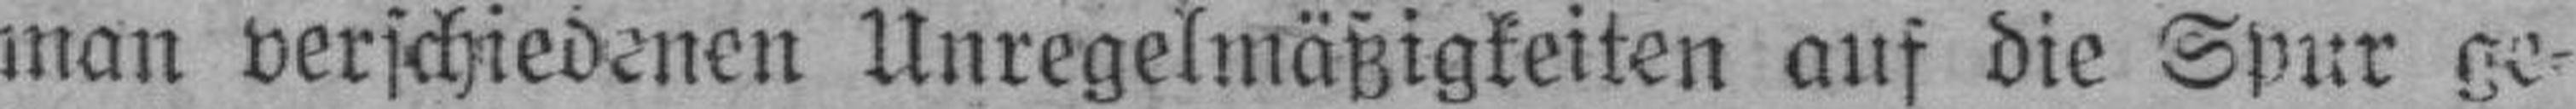
man verschiedenen Unregelmäßigkeiten auf die Spur ge¬